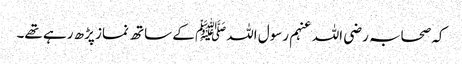
کہ صحابہ رضی اللہ عنہم رسول اللہﷺ کے ساتھ نماز پڑھ رہے تھے۔